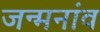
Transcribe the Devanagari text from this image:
जन्मनांव